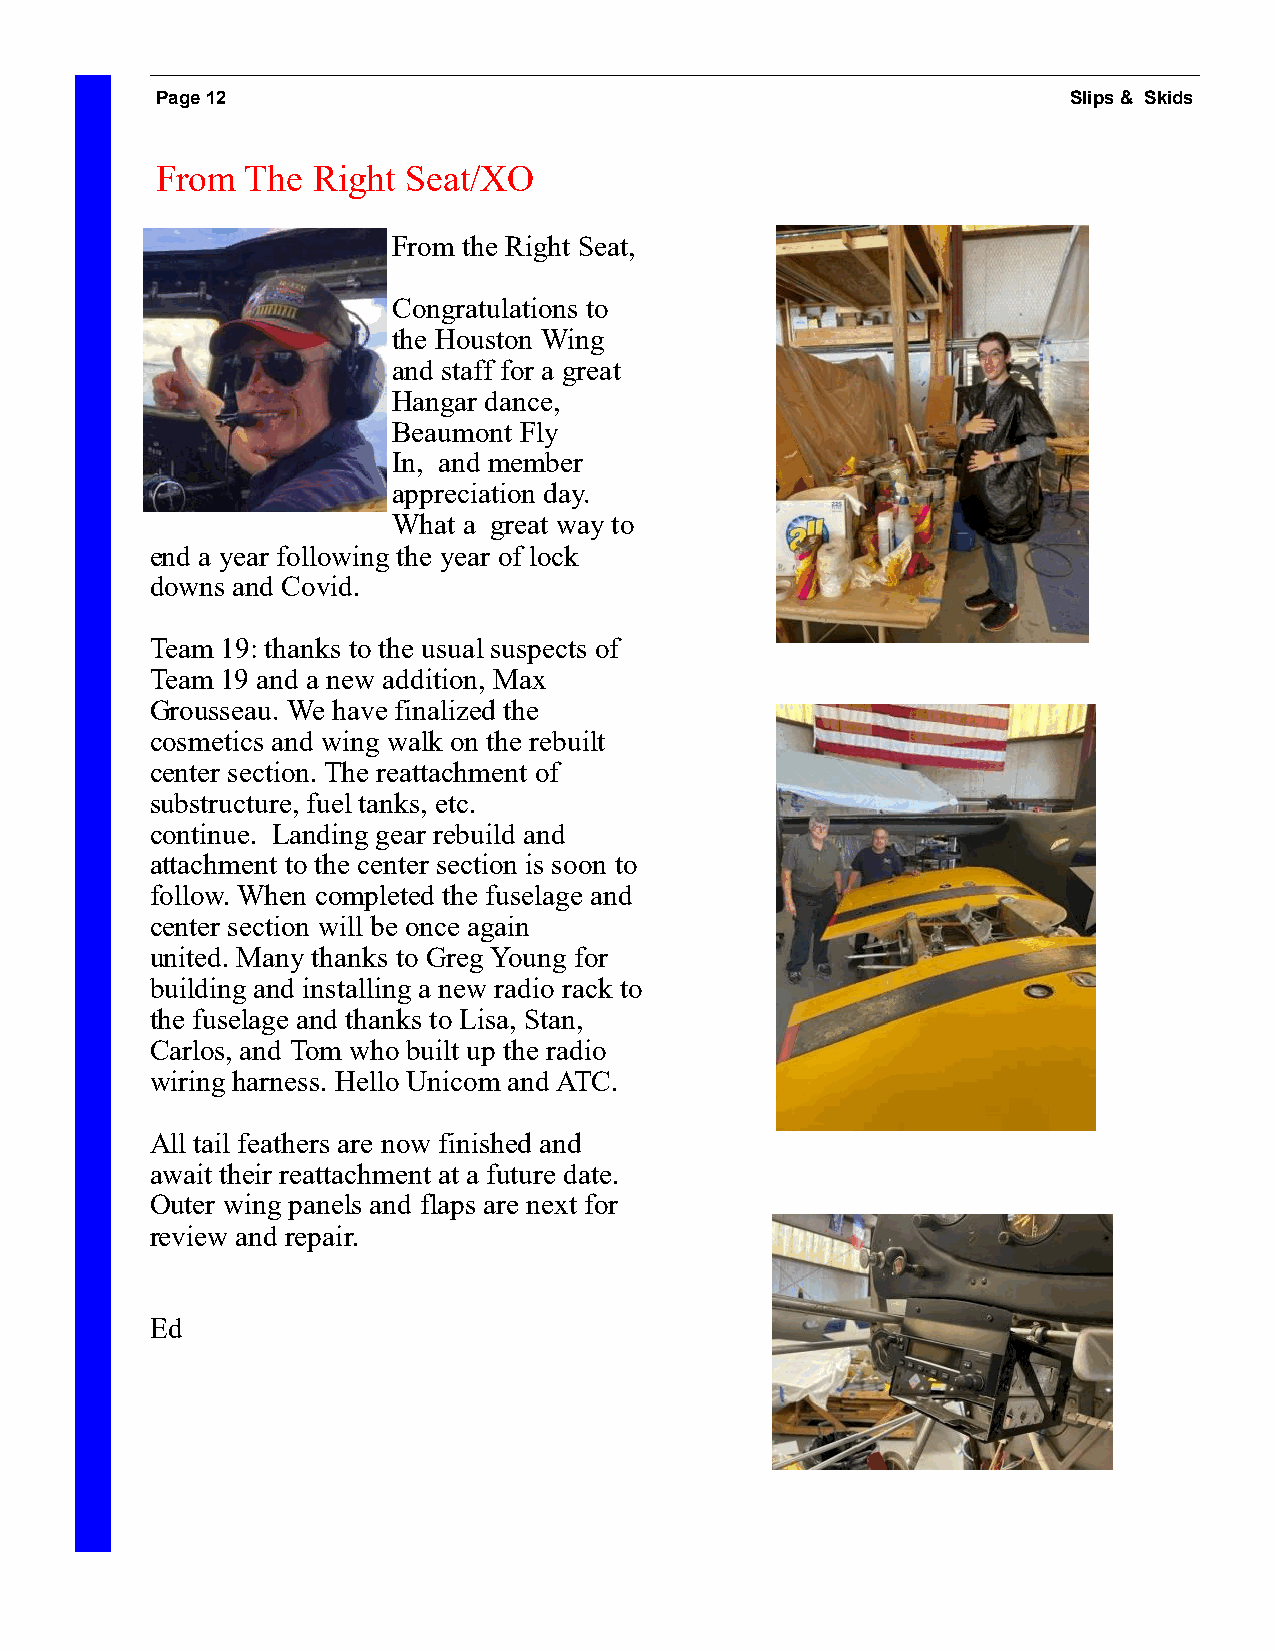
Page 12                                                      Slips & Skids
 From  The  Right Seat/XO
 From the Right Seat,
 Congratulations to
 the Houston Wing
 and staff for a great
 Hangar dance,
 Beaumont Fly
 In, and member
 appreciation day.
 What a great way to
 end a year following the year of lock
 downs and Covid.
 Team 19: thanks to the usual suspects of
 Team 19 and a new addition, Max
 Grousseau. We have finalized the
 cosmetics and wing walk on the rebuilt
 center section. The reattachment of
 substructure, fuel tanks, etc.
 continue. Landing gear rebuild and
 attachment to the center section is soon to
 follow. When completed the fuselage and
 center section will be once again
 united. Many thanks to Greg Young for
 building and installing a new radio rack to
 the fuselage and thanks to Lisa, Stan,
 Carlos, and Tom who built up the radio
 wiring harness. Hello Unicom and ATC.
 All tail feathers are now finished and
 await their reattachment at a future date.
 Outer wing panels and flaps are next for
 review and repair.
 Ed